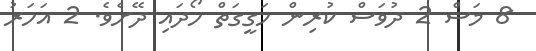
8 މަސް 2 ދުވަސް ކުރިން ހަގީގަތް ހޯދައި ދޭށެވެ. 2 އަހަރު